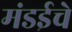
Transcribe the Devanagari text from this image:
मंडईचे